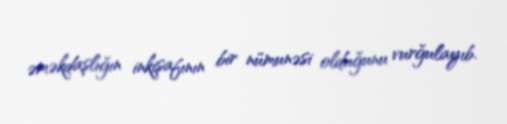
əməkdaşlığın inkişafının bir nümunəsi olduğunu vurğulayıb.